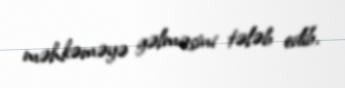
məhkəməyə gəlməsini tələb edib.